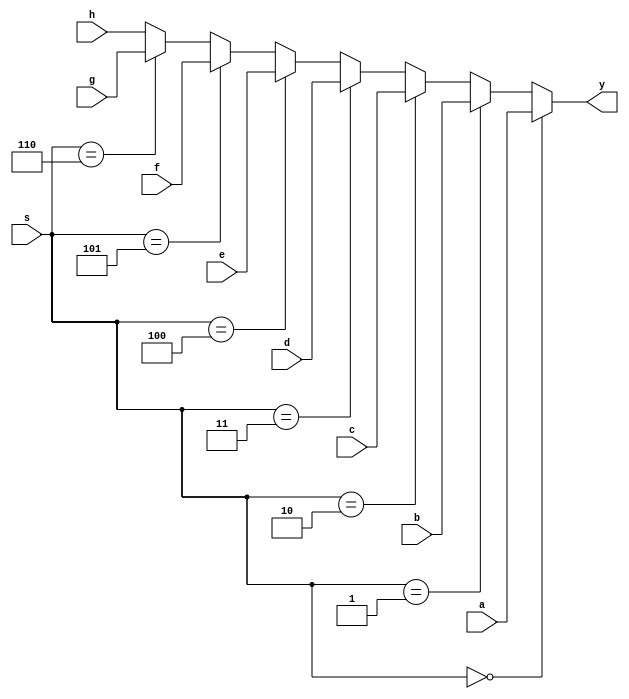
module three_to_8_multi(a,b,c,d,e,f,g,h,s,y);
input [2:0] a,b,c,d,e,f,g,h;
input [2:0] s;
output reg [2:0] y;

always@*
	if(s==3'b000)
		y[2:0] = a[2:0];
	else if(s==3'b001)
		y[2:0] = b[2:0];
	else if(s==3'b010)
		y[2:0] = c[2:0];
	else if(s==3'b011)
		y[2:0] = d[2:0];
	else if(s==3'b100)
		y[2:0] = e[2:0];
	else if(s==3'b101)
		y[2:0] = f[2:0];
	else if(s==3'b110)
		y[2:0] = g[2:0];
	else
		y[2:0] = h[2:0];
endmodule